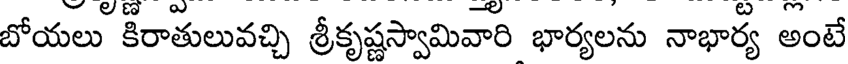
బోయలు కిరాతులువచ్చి శ్రీకృష్ణస్వామివారి భార్యలను నాభార్య అంటే